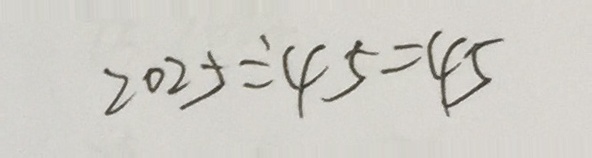
2 0 2 5 \div 4 5 = 4 5